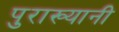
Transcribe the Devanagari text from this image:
पुराख्यानी